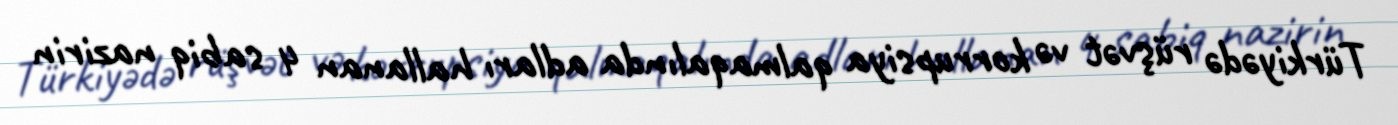
Türkiyədə rüşvət və korrupsiya qalmaqalında adları hallanan 4 sabiq nazirin